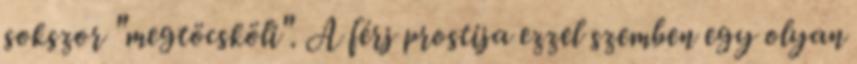
sokszor "megtöcsköli". A férj prostija ezzel szemben egy olyan